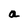
Character: a